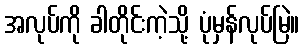
အလုပ်ကို ခါတိုင်းကဲ့သို့ ပုံမှန်လုပ်မြဲ။